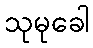
သုမုခေါ